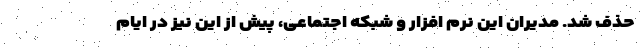
حذف شد. مدیران این نرم افزار و شبکه اجتماعی، پیش از این نیز در ایام